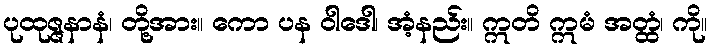
ပုထုဇ္ဇနာနံ၊ တို့အား။ ကော ပန ဝါဒေါ၊ အံ့နည်း။ ဣတိ ဣမံ အတ္ထံ၊ ကို။